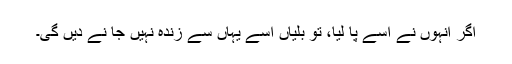
اگر انہوں نے اسے پا لیا، تو بلیاں اسے یہاں سے زندہ نہیں جا نے دیں گی۔